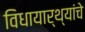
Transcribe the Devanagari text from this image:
विधायार्थ्यांचे